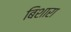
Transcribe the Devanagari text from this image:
बिशारा